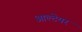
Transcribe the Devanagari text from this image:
आल्टेयर